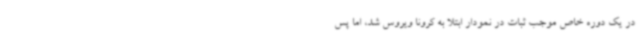
در یک دوره خاص موجب ثبات در نمودار ابتلا به کرونا ویروس شد، اما پس